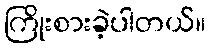
ကြိုးစားခဲ့ပါတယ်။